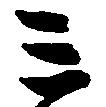
ミ